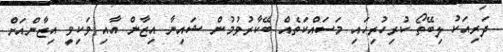
ދަރިއަކު ލިބޭތޯ ކުރިހުރިހައި މަސައްކަތެއް ބޭކާރުވުމުން ޝައިނާ އިޒާން އާއި ވަކިވީ އިޒާންއަށް